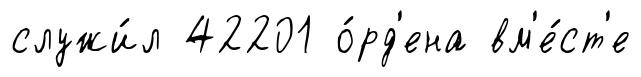
служи́л 42201 о́рд'ена вм'е́ст'е